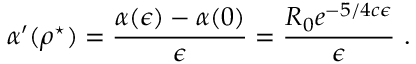
\alpha ^ { \prime } ( \rho ^ { \star } ) = \frac { \alpha ( \epsilon ) - \alpha ( 0 ) } { \epsilon } = \frac { R _ { 0 } e ^ { - 5 / 4 c \epsilon } } { \epsilon } \ .